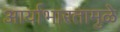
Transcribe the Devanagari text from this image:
आर्याभारतामुळे